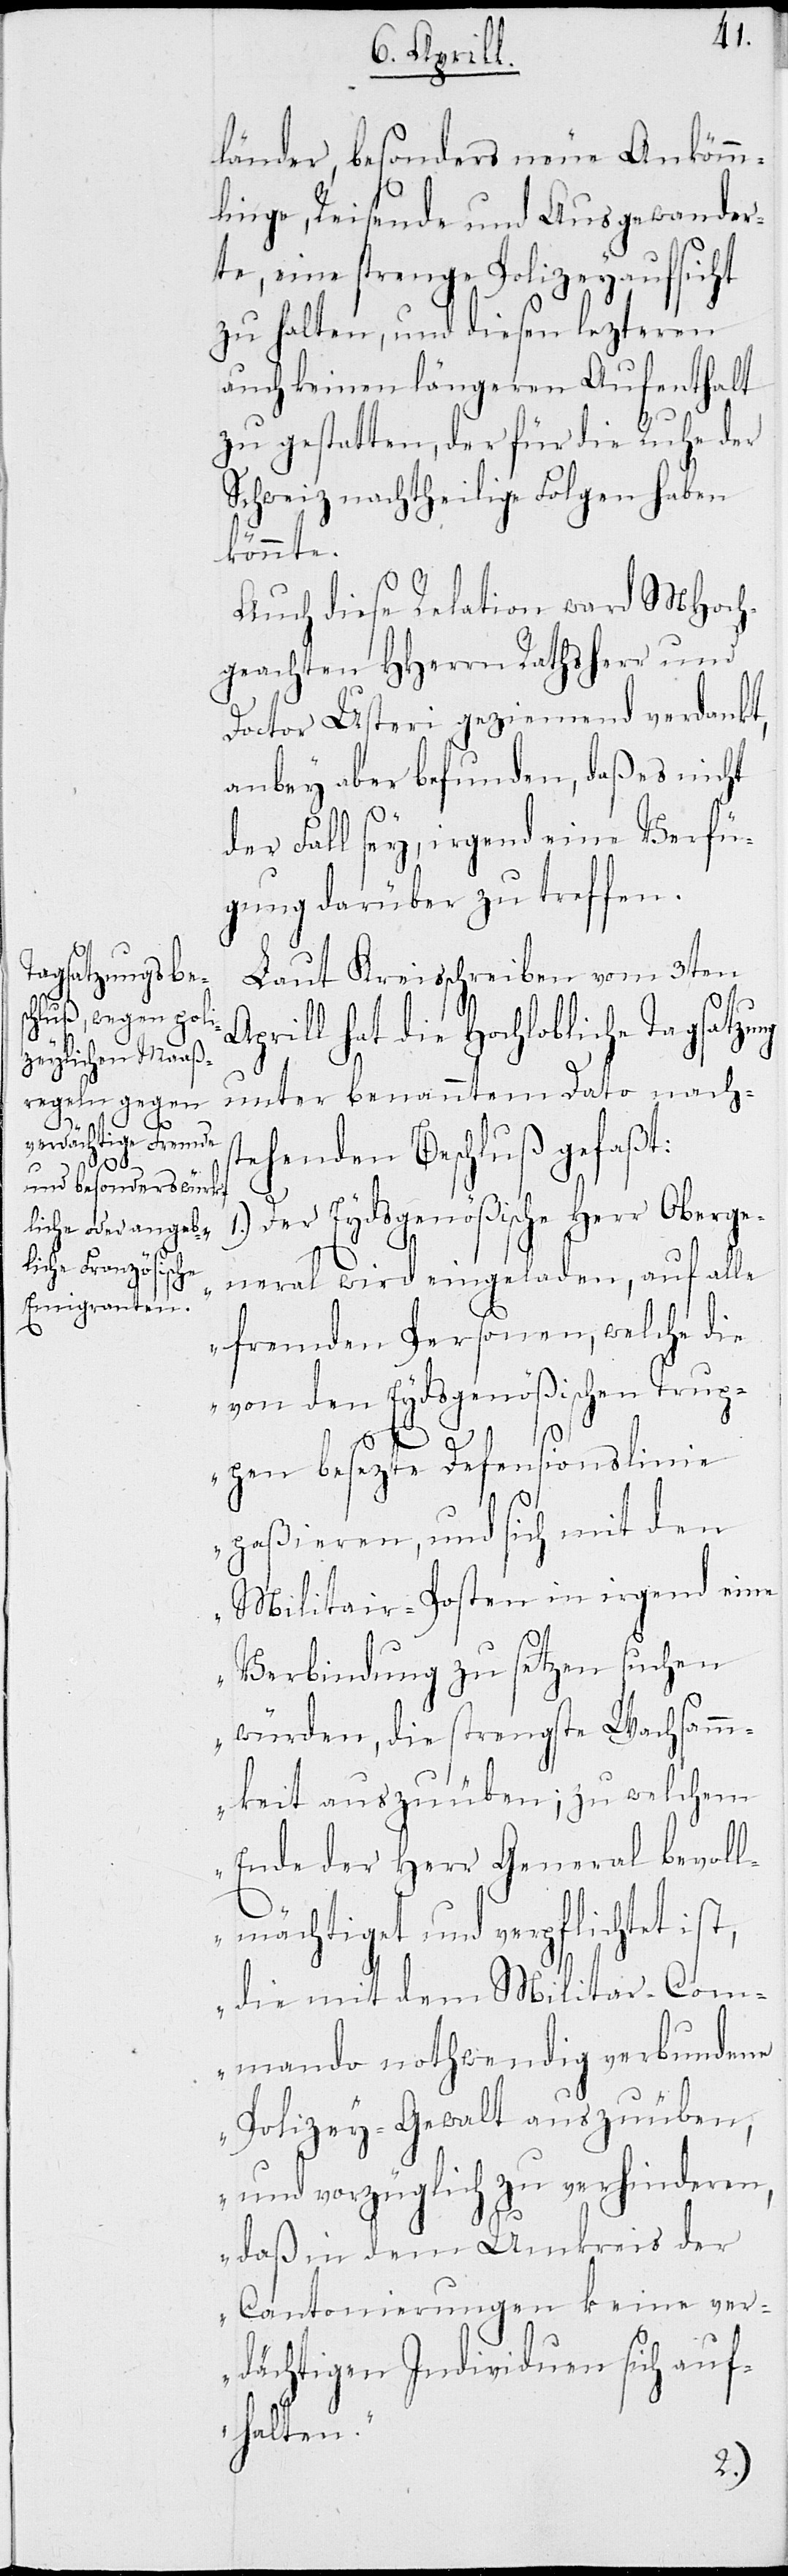
länder, besonders neue Ankömm¬
linge, Reisende und Ausgewander¬
te, eine strenge Polizeyaufsicht
zu halten, und diesen lezteren
auch keinen längeren Aufenthalt
zu gestatten, der für die Ruhe der
Schweiz nachtheilige Folgen haben
könnte.
Auch diese Relation ward MHoch¬
geachten HHerrn Rathsherr und
Doctor Usteri geziemend verdankt,
anbey aber befunden, daß es nicht
der Fall sey, irgend eine Verfü¬
gung darüber zu treffen.
Laut Kreisschreiben vom 3ten
Aprill hat die Hochlobliche Tagsatzung
unter benanntem Dato nachs¬
tehenden Beschluß gefaßt:
Der Eydsgenößische Herr Oberge¬
neral wird eingeladen, auf alle
fremden Personen, welche die
von den Eydsgenößischen Trup¬
pen besezte Defensionslinie
paßieren, und sich mit den
Militair-Posten in irgend eine
Verbindung zu setzen suchen
würden, die strengste Wachsam¬
keit auszuüben; zu welchem
Ende der Herr General bevoll¬
mächtiget und verpflichtet ist,
die mit dem Militar-Com¬
mando nothwendig verbundene
Polizey-Gewalt auszuüben,
und vorzüglich zu verhinderen,
daß in dem Umkreis der
Cantonierungen keine ver¬
dächtigen Individuen sich auf¬
halten.